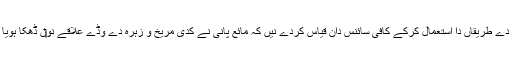
اس طرح دے طریقاں دا استعمال کرکے کافی سائنس دان قیاس کردے نيں کہ مائع پانی نے کدی مریخ و زہرہ دے وڈے علاقے نو‏‏ں ڈھکا ہويا ہوئے گا۔